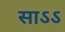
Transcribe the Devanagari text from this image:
साऽऽ